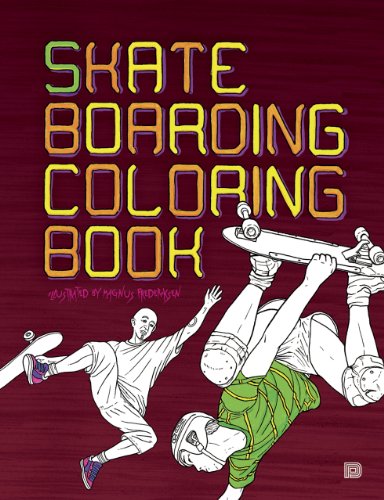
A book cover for Skateboarding Coloring Book; Magnus Frederiksen; Sports & Outdoors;